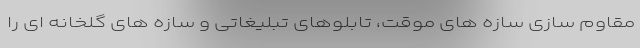
مقاوم سازی سازه های موقت، تابلوهای تبلیغاتی و سازه های گلخانه ای را